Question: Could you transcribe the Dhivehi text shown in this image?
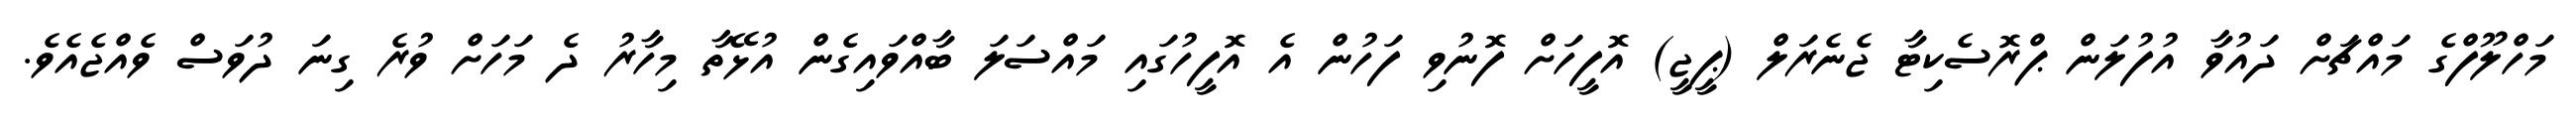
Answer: މަހްލޫފްގެ މައްޗަށް ދައުވާ އުފުލަން ޕްރޮސެކިޓާ ޖެނެރަލް (ޕީޖީ) އޮފީހަށް ފޮނުވި ފަހުން އެ އޮފީހުގައި މައްސަލަ ބާއްވައިގެން އުޅޭތާ މިހާރު ދެ މަހަށް ވުރެ ގިނަ ދުވަސް ވެއްޖެއެވެ.